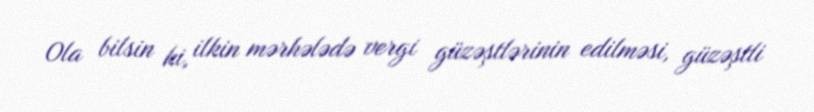
Ola bilsin ki, ilkin mərhələdə vergi güzəştlərinin edilməsi, güzəştli